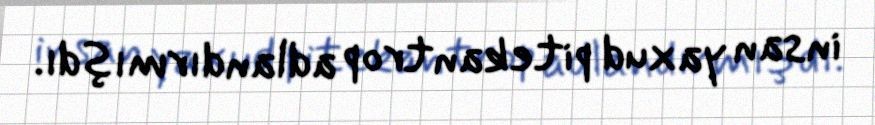
insan yaxud pitekantrop adlandırmışdı.